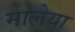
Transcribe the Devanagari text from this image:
मालेया